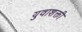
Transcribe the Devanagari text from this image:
युवाशक्ती